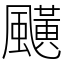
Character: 䬝